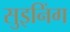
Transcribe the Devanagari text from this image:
सुइनिंग